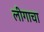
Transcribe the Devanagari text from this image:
लीगाचा